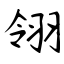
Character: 翎